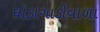
ઘોડાગાડીવાળા